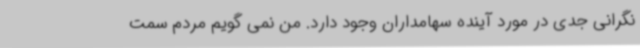
نگرانی جدی در مورد آینده سهامداران وجود دارد. من نمی گویم مردم سمت